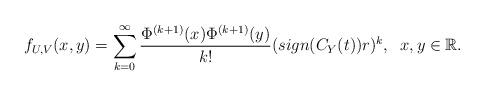
LaTeX: \begin{align*}f_{U,V}(x,y) = \sum_{k=0}^{\infty}\dfrac{\Phi^{(k+1)}(x)\Phi^{(k+1)}(y)}{k!}(sign(C_Y(t))r)^k ,\;\; x,y \in \mathbb{R}.\end{align*}